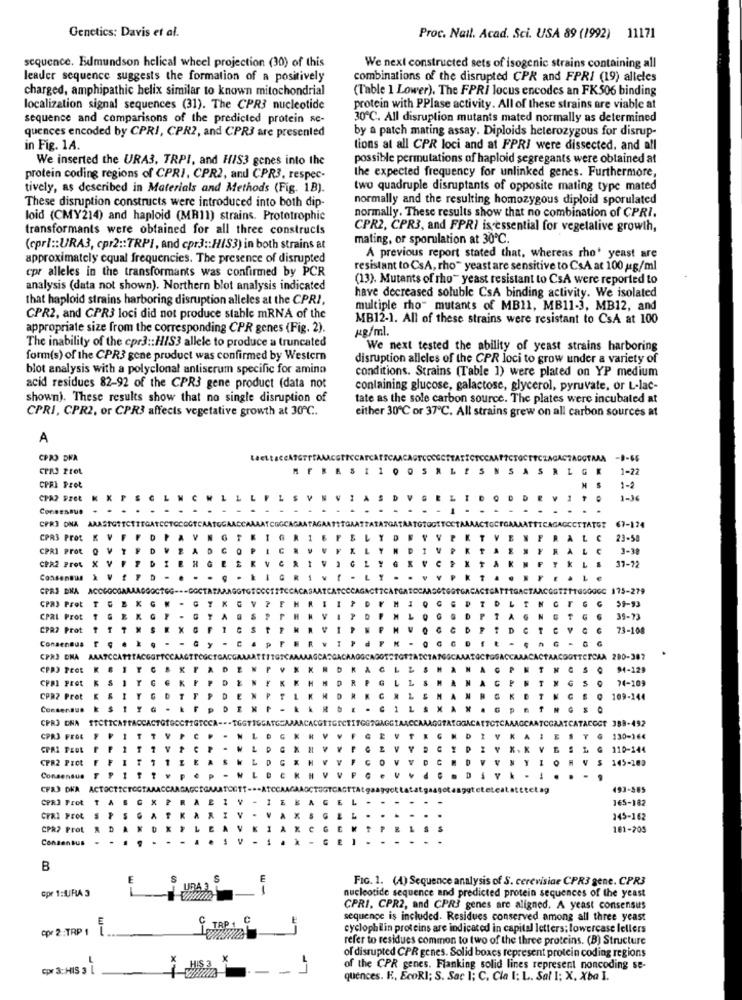
Genetics: Davis et al.
Proc. Nail. Acad. Sci. USA 89 (1992) 11171
sequence. Edmundson helical wheel projection (30) of this
We next constructed sets of isogenic strains containing all
leader sequence suggests the formation of a positively
combinations of the disrupted CPR and FPRI (19) alleles
charged, amphipathic helix similar to known mitochondrial
(Table 1 Lower). The FPRI locus encodes an FK 506 binding
localization signal sequences (31). The CPR3 nucleotide
protein with PPlase activity. All of these strains are viable at
sequence and comparisons of the predicted protein sc-
30℃. All disruption mutants mated normally as determined
quences encoded by CPRI, CPR2, and CPR3 are presented
by a patch mating assay. Diploids heterozygous for disrup-
in Fig. 1A.
tions at all CPR loci and at FPRI were dissected, and all
We inserted the URA3, TRPI, and HIS3 genes into the
possible permutations of haploid segregants were obtained at
the expected frequency for unlinked genes. Furthermore,
protein coding regions of CPRI, CPR2, and CPR3, respec-
tively, as described in Materials and Methods (Fig. 1B).
two quadruple disruptants of opposite mating type mated
These disruption constructs were introduced into both dip-
normally and the resulting homozygous diploid sporulated
normally. These results show that no combination of CPRI.
loid (CMY214) and haploid (MR11) strains. Prototrophic
transformants were obtained for all three constructs
CPR2, CPR3, and FPRI is essential for vegetative growth,
mating, or sporulation at 30℃.
(cprl :: URA3, cpr2 :: TRPI, and cpr3 :: HIS3) in both strains at
approximately cqual frequencies. The presence of disrupted
A previous report stated that, whereas rho' yeast are
cpr alleles in the transformants was confirmed by PCR
resistant to CsA, rho" yeast are sensitive to CsA at 100 ug/ml
(13). Mutants of rho" yeast resistant to CsA were reported to
analysis (data not shown). Northern blot analysis indicated
have decreased soluble CsA binding activity. We isolated
that haploid strains harboring disruption alleles at the CPRI,
multiple rho" mutants of MB11, MB11-3, MB12, and
CPR2, and CPR3 loci did not produce stable mRNA of the
MB12-1. All of these strains were resistant to CsA at 100
appropriate size from the corresponding CPR genes (Fig. 2).
HR/ml.
The inability of the cpr3 :: HIS3 allele to produce a truncated
We next tested the ability of yeast strains harboring
form(s) of the CPR3 gene product was confirmed by Western
disruption alleles of the CPR loci to grow under a variety of
blot analysis with a polyclonal antiserum specific for amino
conditions. Strains (Table 1) were plated on YP medium
acid residues 82-92 of the CPR3 gene product (data not
containing glucose, galactose, glycerol, pyruvate, or L-lac-
shown). These results show that no single disruption of
tate as the sole carbon source. The plates were incubated at
CPRI, CPR2, or CPR3 affects vegetative growth at 30℃.
either 30℃ or 37℃. All strains grew on all carbon sources at
A
CPR DWA
AGGTARA
-0-65
MFRESILOOSN
SASRI
LG
1-22
CPFI Prot
1-2
CPA2 926t
K X
1-36
Consensus
CPR3 ONA AXASTOTTCETEGATO
CTOCGGT
TTTCAGAGCCITATET
GATAATGTGGITCCTAJ
TOCTON
67-174
CPR3 Prot.
KVF
23-58
CPR1 Prot
3-38
CPR2 Prot X
17-22
Consensus & V
GPRS DNA ACCO
TGS00CC 175-279
TGB
K
59-93
CPR3 Prot
CPRL Prot
39-73
CPR7 Prot
TTT
73-108
Consensus
CPR3 DNA AAATCCATET
ACTAACOOTTCICAA 280-387
CPR3 Prot
94-129
CPRI Pret
74-109
CPB2 Prot
109-144
Consersuo
CPR3 ONA TTCETCATTACCACTG
COGT 389-492
CPR3 PROE
1
130-164
CPAL FEEL
110-144
CPR2 PICt
S
145-162
Consensus
CFA3 DKA ACTOCTICTOCTARACCAAGAGCRO
493-585
CPR3 Prot TA B CK PR
165-182
CPRI PEOL
145-162
CPR2 Prot
161-205
Consensus
B
FIG. 1. (4) Sequence analysis of S. cerevisiae CPR3 gene. CPR3
Gpr 1:URA 3
URA
nucleotide sequence and predicted protein sequences of the yeast
CPRI, CPR2, and CPR3 genes are aligned. A yeast consensus
sequence is included. Residues conserved among all three yeast
Cpr 2:TRP 1
C.TAP 1,
cyclophilin proteins are indicated in capital letters; lowercase lellers
refer to residues common to two of the three proteins. (B) Structure
of disrupted CPR genes. Solid boxes represent protein coding regions
Cpr 3-HIS 3 L
HIS 3
of the CPR genes. Flanking solid lines represent noncoding se-
quences. K. EcoRI; S. Sac 1; C. Cla I: L. Sal I; X. Xba I.